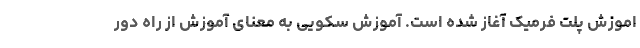
اموزش پلت فرمیک آغاز شده است. آموزش سکویی به معنای آموزش از راه دور